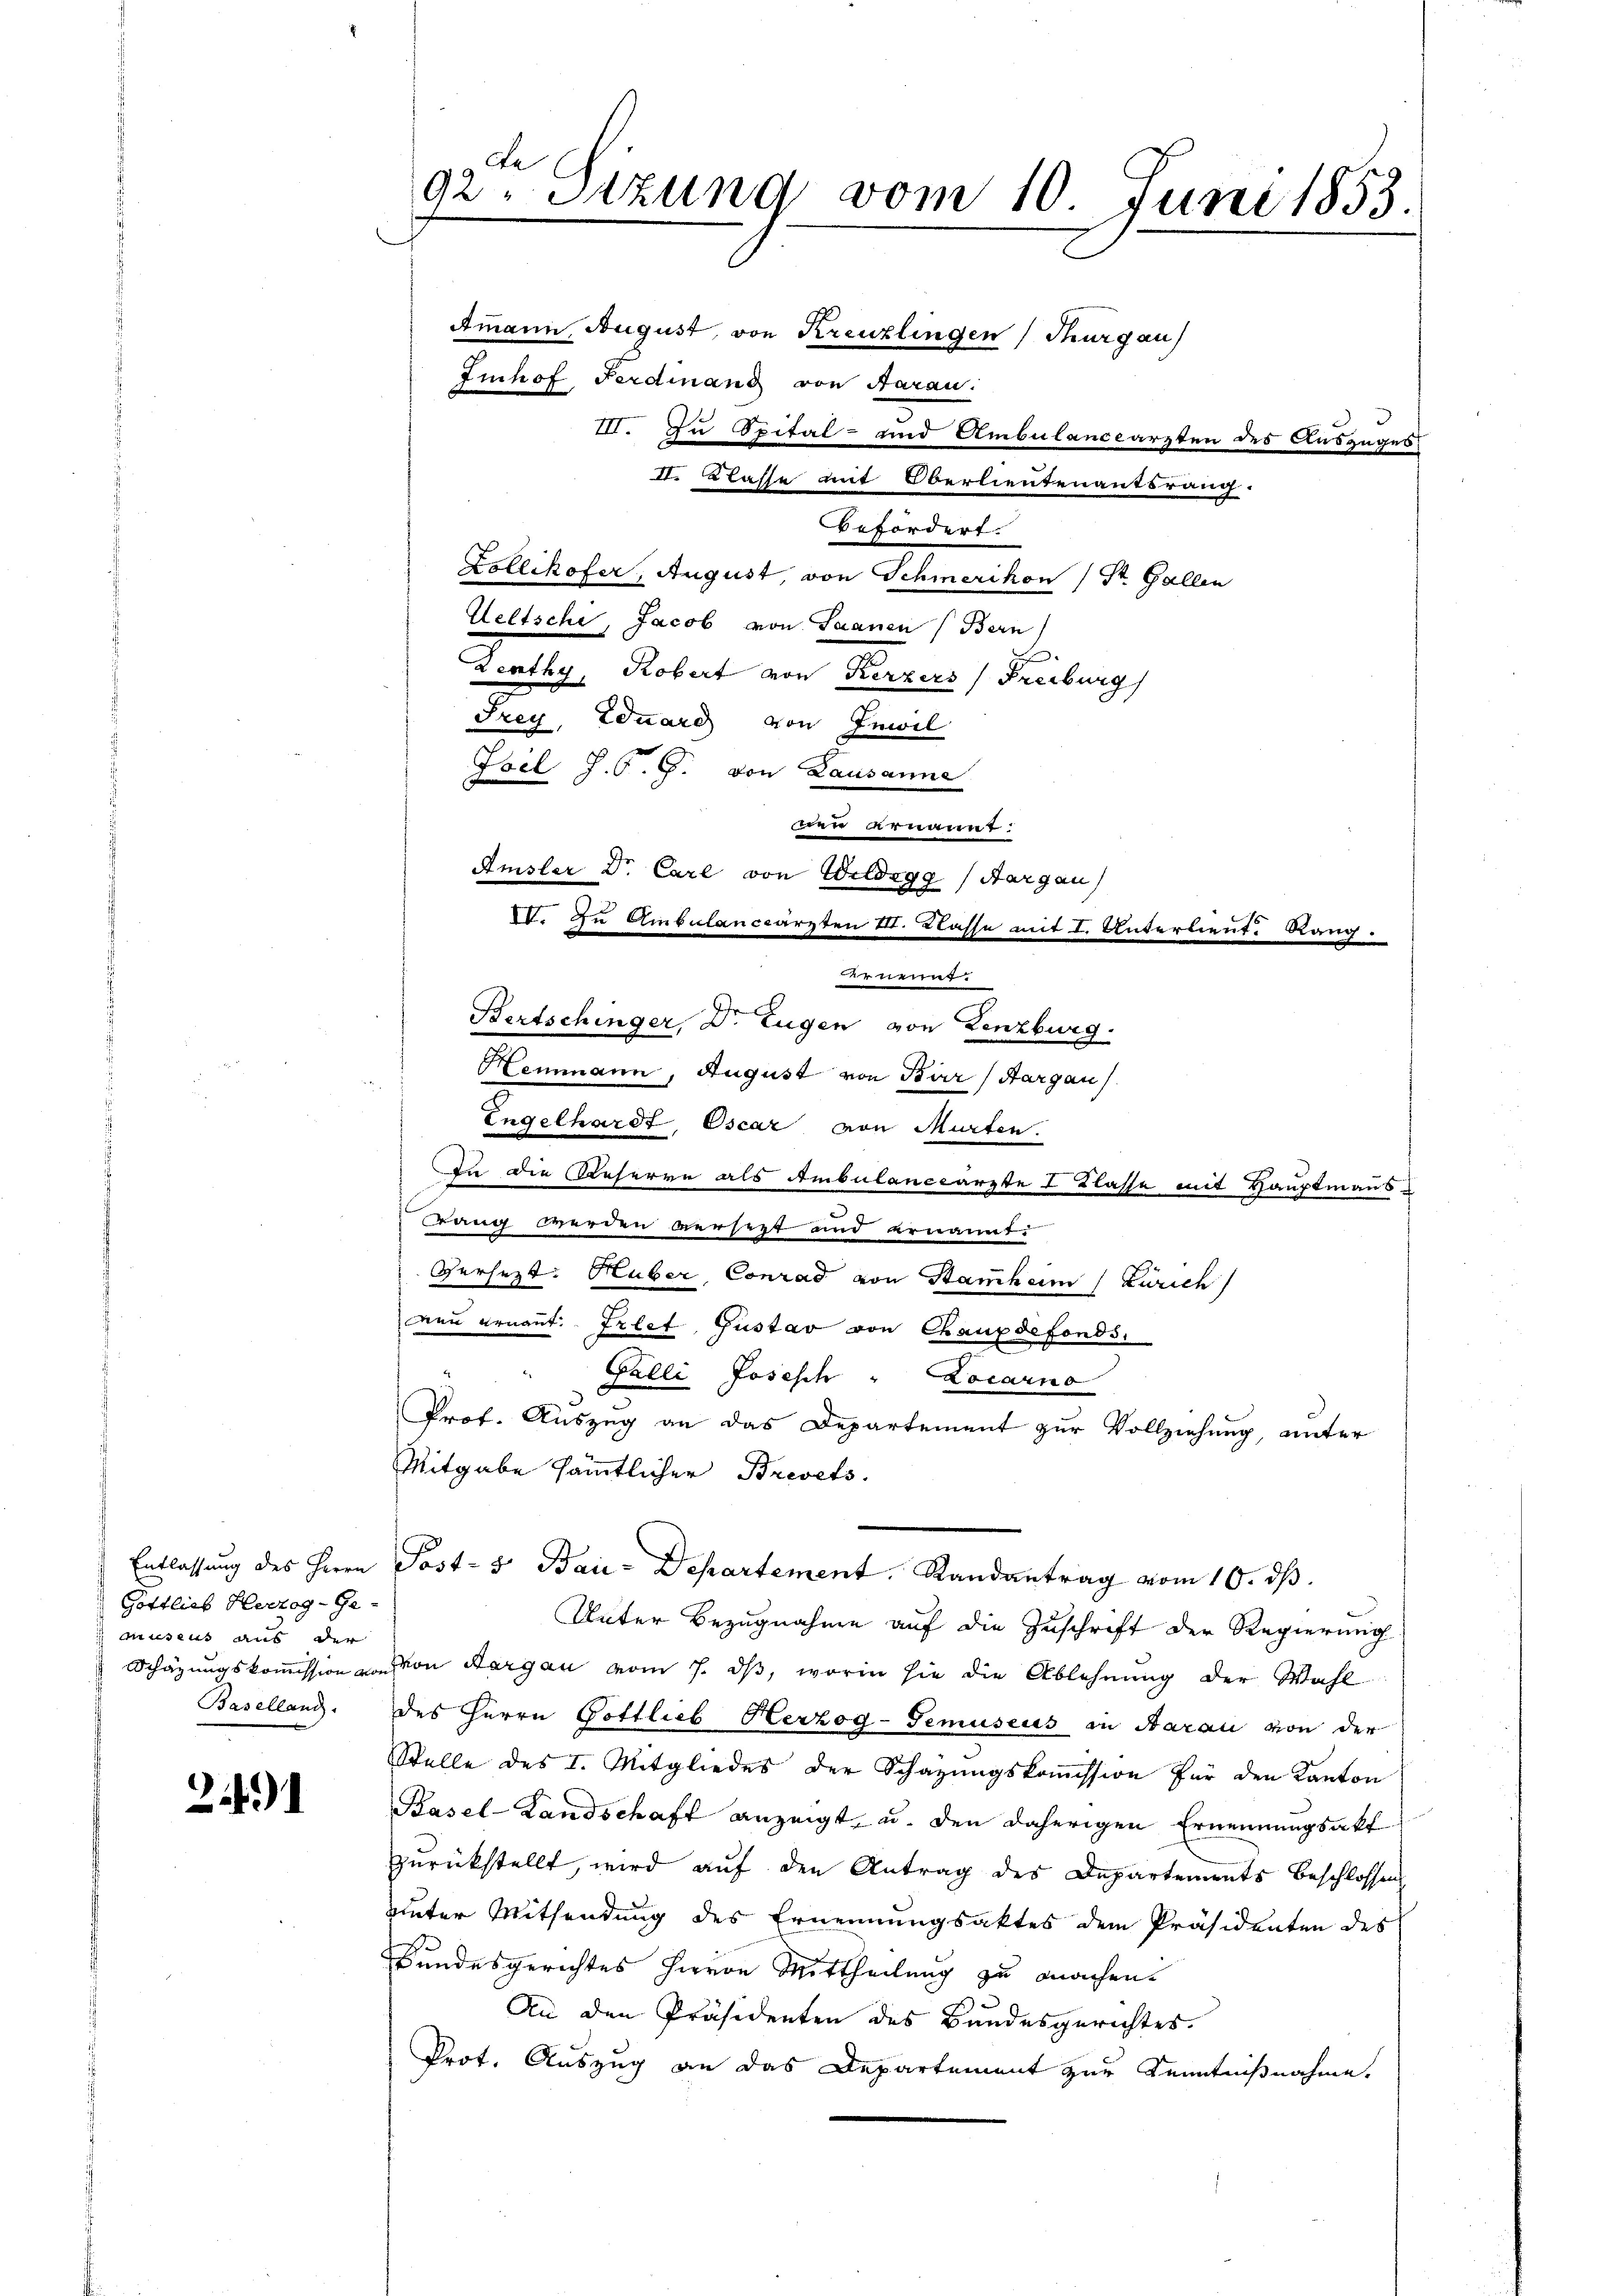
Entlassung des Herrn
Gottlieb Herzog-Ge-
museus aus der
Schazungskommission von
Baselland.

24).

te
92. Sitzung vom 10. Juni 1853.
Amann, August von Kreuzlingen Thurgau)
Imhof Ferdinand von Aarau
III. Zu Spital- und Ambulanceärzten des Auszuges

II. Klasse mit Oberlieutenantsrang.
befördert.
Zollikofer, August, von Schmerikon ( St. Gallen
Weltsche, Jacob von Saanen (Bern
.
Leathy, Robert von Kerzers (Freiburg)
Frey, Eduard von Inwil
Ioel J. P. G. von Lausanne
wen ernannt.
Amsler Dr. Carl von Wildegg (Aargau)
Hemmann, August von Bär (Hargau)
Engelhardt, Oscar von Murten.
In die Reserve als Ambulanceärzte I Klasse mit Hauptmanns
rang werden versezt und ernannt.
Versezt. Huber, Conrad von Stammheim (Zürich
neu ernannt. Irlet, Gustav von Chauxdefonds.
" Palli Josesch " Locarno
Prof. Auszug an das Departement zur Vollziehung, unter
Mitgabe sämmtlicher Brevets.
Post- & Bau-Departement. Randantrag vom 10. ds.
Unter Bezugnahme auf die Zuschrift der Regierung
von Aargau vom 7. ds, worin sie die Ablehnung der Wahl
des Herrn Gottlieb Herzog-Temuseus in Aarau von der
Stelle des I. Mitgliedes der Schazungskommission für den Kanton
Pasel-Landschaft anzeigt, u. den daherigen Ernennungsakt
zurückstellt, wird auf den Antrag des Departements beschlossen
unter Mitsendung des Ernennungsaktes dem Präsidenten des
Bundesgerichtes Herren Mittheilung zu machen.
An den Präsidenten des Bundesgerichtes.
Prot. Auszug an das Departement zur Kenntnißnahme.

V. In Ambulanceärzten III. Klasse mit I. Unterlieut. Rang.
Aernenne.
Bertschinger, D. Eugen von Lenzburg.